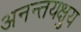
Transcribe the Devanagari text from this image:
अनन्तयक्षुय